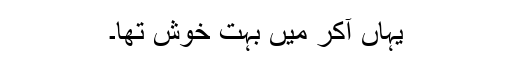
یہاں آکر میں بہت خوش تھا۔